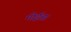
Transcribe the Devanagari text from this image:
मोईत्रा